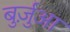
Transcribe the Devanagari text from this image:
बुर्ज़ुआ